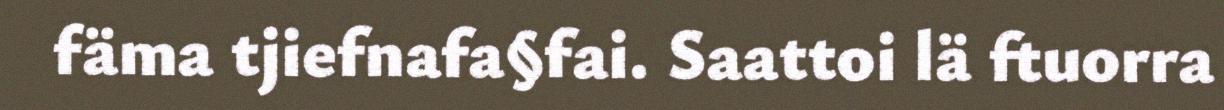
fäma tjiefnafa§fai. Saattoi lä ftuorra